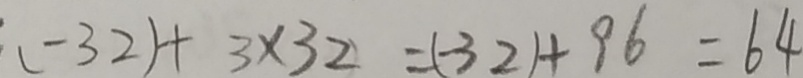
( - 3 2 ) + 3 \times 3 2 = ( - 3 2 ) + 9 6 = 6 4